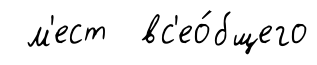
м'ест вс'ео́бщего